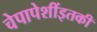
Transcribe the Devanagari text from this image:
चेपापेशींइतकी